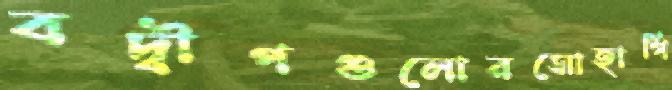
বদ্বীপগুলোরসোহাগি